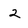
Character: 2